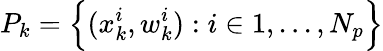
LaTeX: P_{k}=\Bigl\{ (x_{k}^{i},w_{k}^{i}):i\in{1,...,N_{p}}\Bigr\}